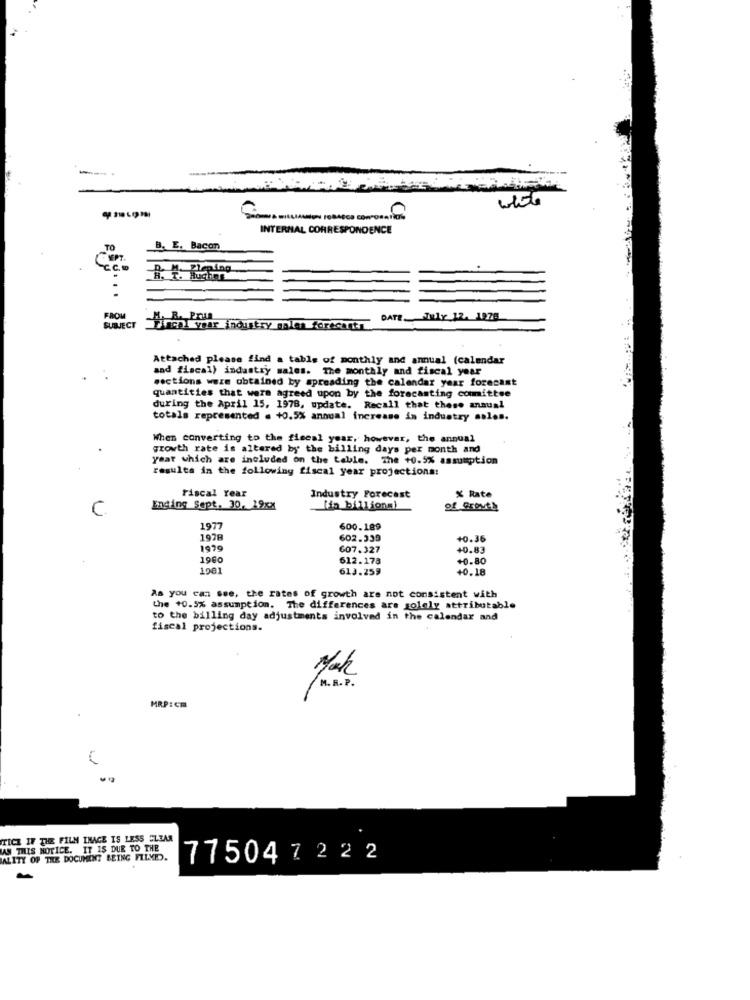
white
INTERNAL CORRESPONDENCE
TO
B. E. Bacon
Hucha
FROM
DATE. July 12. 1976
SUBJECT
h wir Thoutry nales forecasts
Attached please find a table of monthly and annual (calendar
and fiscal) industry sales. The monthly and fiscal year
sections were obtained by spreading the calendar year forecast
quantities that were agreed upon by the forecasting comittee
during the April 15, 1978, update. Recall that these annual
totals represented . +0.5% annual increase in industry solos.
When converting to the fiscal year, however, the annual
growth rate is altered by the billing days per month and
year which are included on the table. The +0.5% assumption
resulta in the following fiscal year projections:
Fiscal Year
% Rate
Industry Forecast
Ending Sept. 30, 19xx
['in billions)
of Grovt&
1977
600.189
1978
602.339
+0.36
1979
607.327
40.83
1960
612.178
+0.80
613.259
+0.18
As you can see, the rates of growth are not consistent with
the +0.5% assumption. The differences are solely attributable
to the billing day adjustments involved in the calendar and
fiscal projections.
R.R.P.
MRP:Cm
TICE IF THE FILM INACE IS LESS CLEAR
MAN THIS NOTICE. IT IS DUE TO THE
ALITY OF THE DOCUMENT BEING FILMED.
775047222